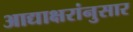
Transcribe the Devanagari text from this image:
आद्याक्षरांनुसार